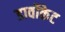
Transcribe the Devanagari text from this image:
डार्वोकेट